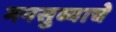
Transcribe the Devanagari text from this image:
मनसुब्याचे